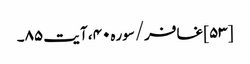
[۵۳] غافر/سوره۴۰، آیت ۸۵۔